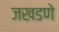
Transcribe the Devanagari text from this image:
जखडणे